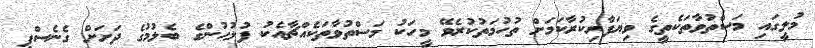
މުލީގައި މަސްތުވާތަކެތީގެ ވިޔަފާރިކުރާކަމަށް ތުހުމަތުކުރެވޭ މީހަކު މަސްތުވާތަކެއްޗާއެކު ފުލުހުންގެ ބެލުމުގެ ދަށަށް ގެނެސްފި